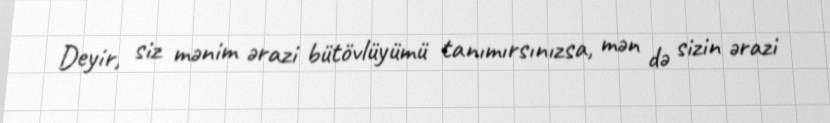
Deyir, siz mənim ərazi bütövlüyümü tanımırsınızsa, mən də sizin ərazi